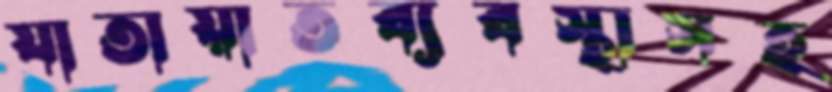
যাতায়াতব্যবস্থাসহ